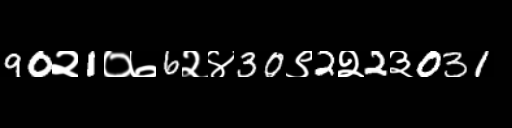
Text: 90२1०७6२४30९2२2३031